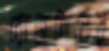
রোজদিনের